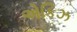
એકિઝ